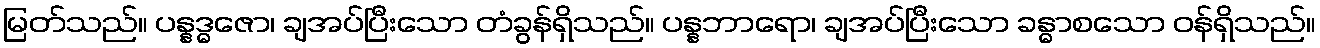
မြတ်သည်။ ပန္နဒ္ဓဇော၊ ချအပ်ပြီးသော တံခွန်ရှိသည်။ ပန္နဘာရော၊ ချအပ်ပြီးသော ခန္ဓာစသော ဝန်ရှိသည်။